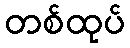
တစ်ထုပ်